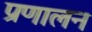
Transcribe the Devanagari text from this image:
प्रणालन